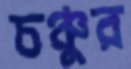
চঞ্চুর